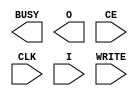
// This program was cloned from: https://github.com/jhshi/openofdm
// License: Apache License 2.0

///////////////////////////////////////////////////////////////////////////////
// Copyright (c) 1995/2004 Xilinx, Inc.
// All Right Reserved.
///////////////////////////////////////////////////////////////////////////////
//   ____  ____
//  /   /\/   /
// /___/  \  /    Vendor : Xilinx
// \   \   \/     Version : 10.1
//  \   \         Description : Xilinx Functional Simulation Library Component
//  /   /                  Internal Configuration Access Port for Spartan3a
// /___/   /\     Filename : ICAP_SPARTAN3A.v
// \   \  /  \    Timestamp : Wed Jul  6 18:29:19 PDT 2005
//  \___\/\___\
//
// Revision:
//    07/06/05 - Initial version.

`timescale  1 ps / 1 ps


module ICAP_SPARTAN3A (BUSY, O, CE, CLK, I, WRITE);

    output BUSY;
    output [7:0] O;

    input  CE, CLK, WRITE;
    input  [7:0] I; 
    
endmodule